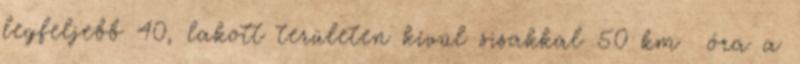
legfeljebb 40, lakott területen kívül sisakkal 50 km óra a